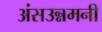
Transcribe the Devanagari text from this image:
अंसउन्नमनी